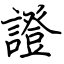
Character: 證